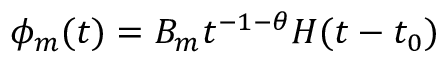
\phi _ { m } ( t ) = B _ { m } t ^ { - 1 - \theta } H ( t - t _ { 0 } )